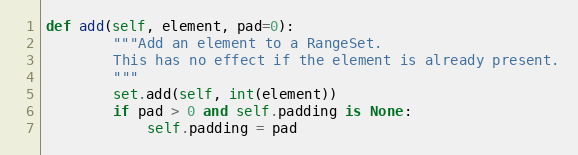
Language: Python
def add(self, element, pad=0):
        """Add an element to a RangeSet.
        This has no effect if the element is already present.
        """
        set.add(self, int(element))
        if pad > 0 and self.padding is None:
            self.padding = pad